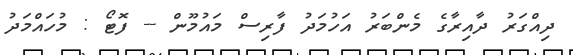
ދިއްގަރު ދާއިރާގެ މެންބަރު އަހުމަދު ފާރިސް މައުމޫން -- ފޮޓޯ : މުހައްމަދު